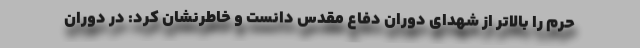
حرم را بالاتر از شهدای دوران دفاع مقدس دانست و خاطرنشان کرد: در دوران